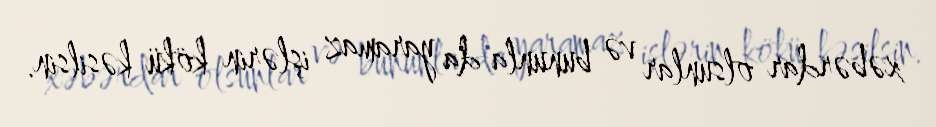
xəbərdar olsunlar və bununla da yaramaz işlərin kökü kəsilsin.